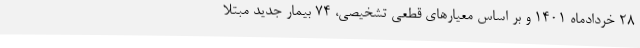
۲۸ خردادماه ۱۴۰۱ و بر اساس معیارهای قطعی تشخیصی، ۷۴ بیمار جدید مبتلا